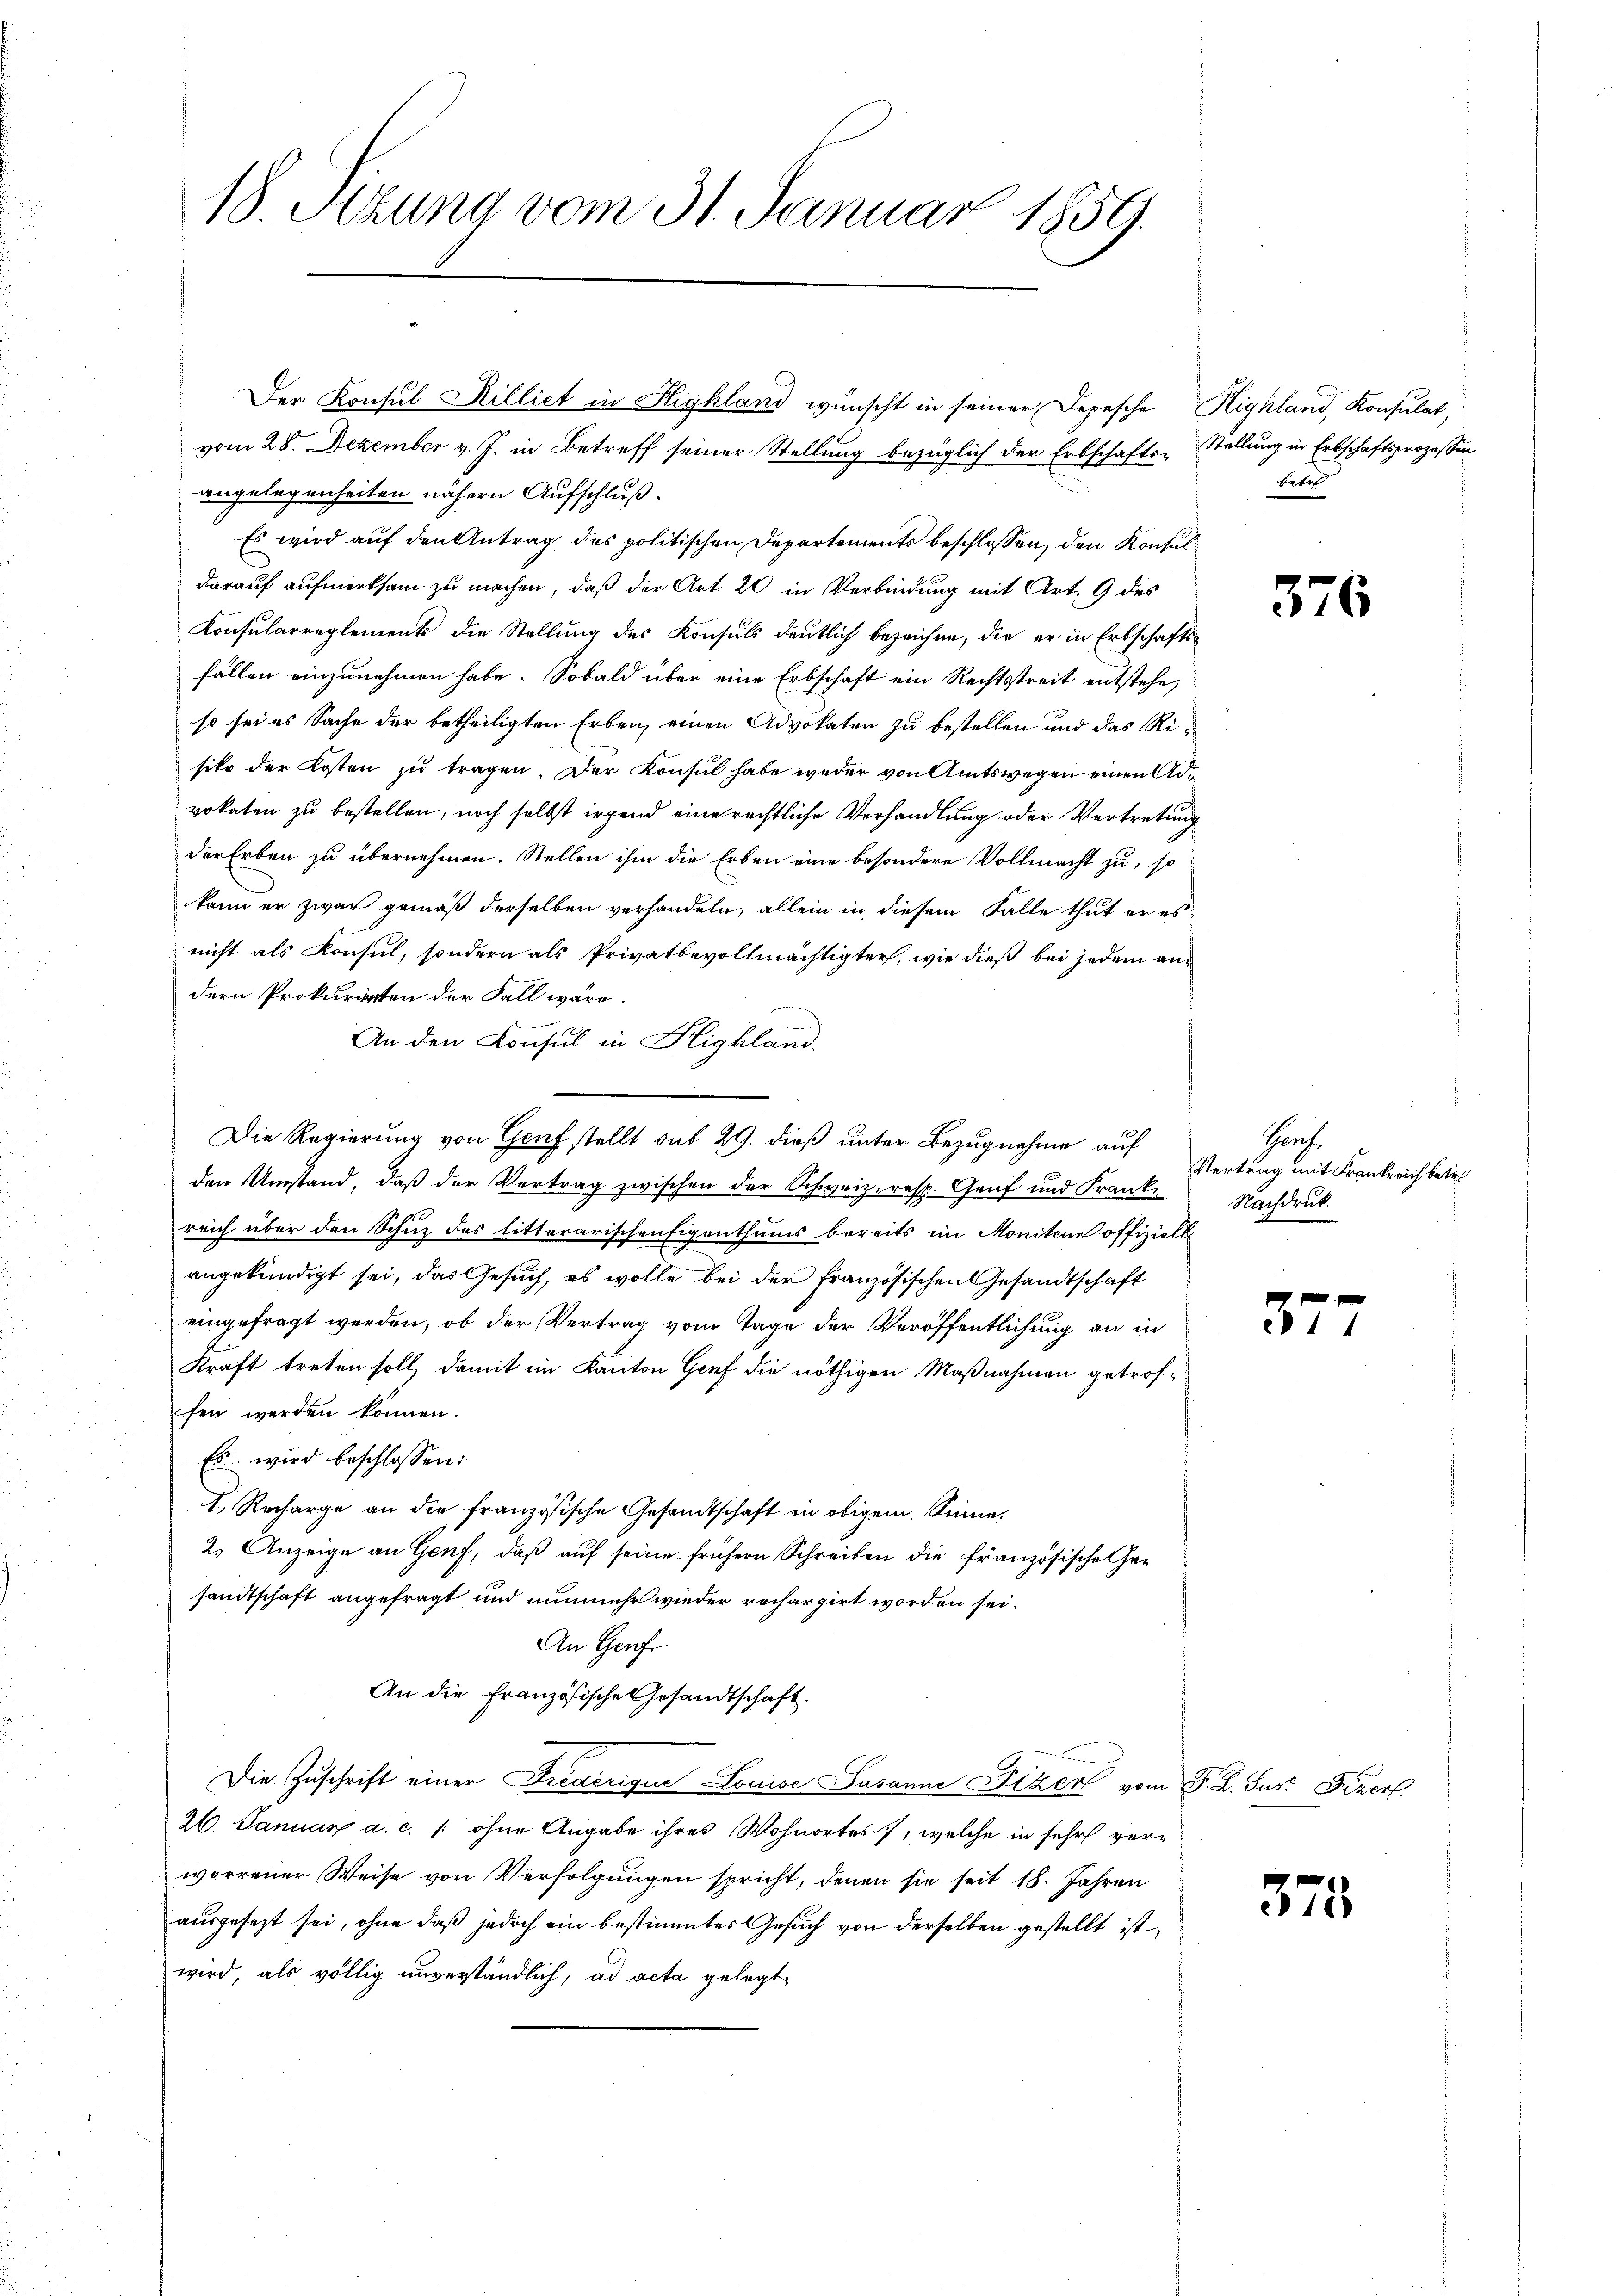
18. Sitzung vom 31. Januar 1859.

Der Konsul Rilliet in Highland wünscht in seiner Depesche Highland, Konsulat,

Die Regierung von Genf stellt sub 29. dieß unter Bezugnahme auf

vom 28. Dezember v. J. in Betreff seiner Stellung bezüglich der Erbschafts-Stellung in Erbschaftsprozessen
angelegenheiten nähern Aufschluß.
Es wird auf den Antrag des politischen Departements beschlossen, den Konsuldarauf aufmerksam zu machen, daß der Art. 20 in Verbindung mit Art. 9 des
Konsularreglements die Stellung des Konsuls deutlich bezeichne, die er in Erbschafts-
fällen einzunehmen habe. Sobald über eine Erbschaft ein Rechtsstreit entstehe,
so sei es Sache der betheiligten Erben, einen Advokaten zu bestellen und das Risiko der Kosten zu tragen. Der Konsul habe weder von Amtswegen einen Advokaten zu bestellen, noch selbst irgend eine rechtliche Verhandlung oder Vertretung
der Erben zu übernehmen. Stellen ihm die Erben eine besondere Vollmacht zu, so
kann er zwar gemäß derselben verhandeln, allein in diesem Falle thut er es
nicht als Konsul, sondern als Privatbevollmächtigter, wie dieß bei jedem andern Prokurirten der Fall wäre.
An den Konsul in Highland.
den Umstand, daß der Vertrag zwischen der Schweiz, resp. Genf und Franke
reich über den Schuz des litterarischen Eigenthums bereits im Moniten offiziell
angekündigt sei, das Gesuch, es wolle bei der Französischen Gesandtschaft
eingefragt werden, ob der Vertrag vom Tage der Veröffentlichung an in
Kraft treten soll, damit im Kanton Gruf die nöthigen Maßnahmen getroffen werden können.
Es wird beschlossen:
1. Recharge an die französische Gesandtschaft in obigem Sinne,
2.) Anzeige an Genf, daß auf seine frühern Schreiben die französische Gesandtschaft angefragt und nunmehr wieder rechargirt worden sei.
An Graf
An die Französische Gesandtschaft.
Die Zuschrift einer Freverique Louise Susanne Fixen vom F. L. Sus. Feberf
26. Januar a. c. / ohne Angabe ihres Wohnortes, welche in sehr verworrener Weise von Verfolgungen spricht, denen sie seit 18. Jahren
ausgesezt sei, ohne daß jedoch ein bestimmtes Gesuch von derselben gestellt ist,
wird, als völlig unverständlich, ad acta gelegt

betre

376

Prof.
Vertrag mit Frankreich betr.
Nachdruck.

377

378